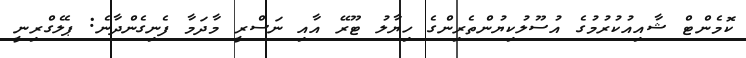
ކޮމެންޓް ޝާއިއުކުރުމުގެ އުސޫލުކިޔުންތެރިންގެ ހިޔާލު ޓޫރޭ އާއި ނަސްރީ މާދަމާ ފެނިގެންދާނެ: ޕެލެގްރިނީ